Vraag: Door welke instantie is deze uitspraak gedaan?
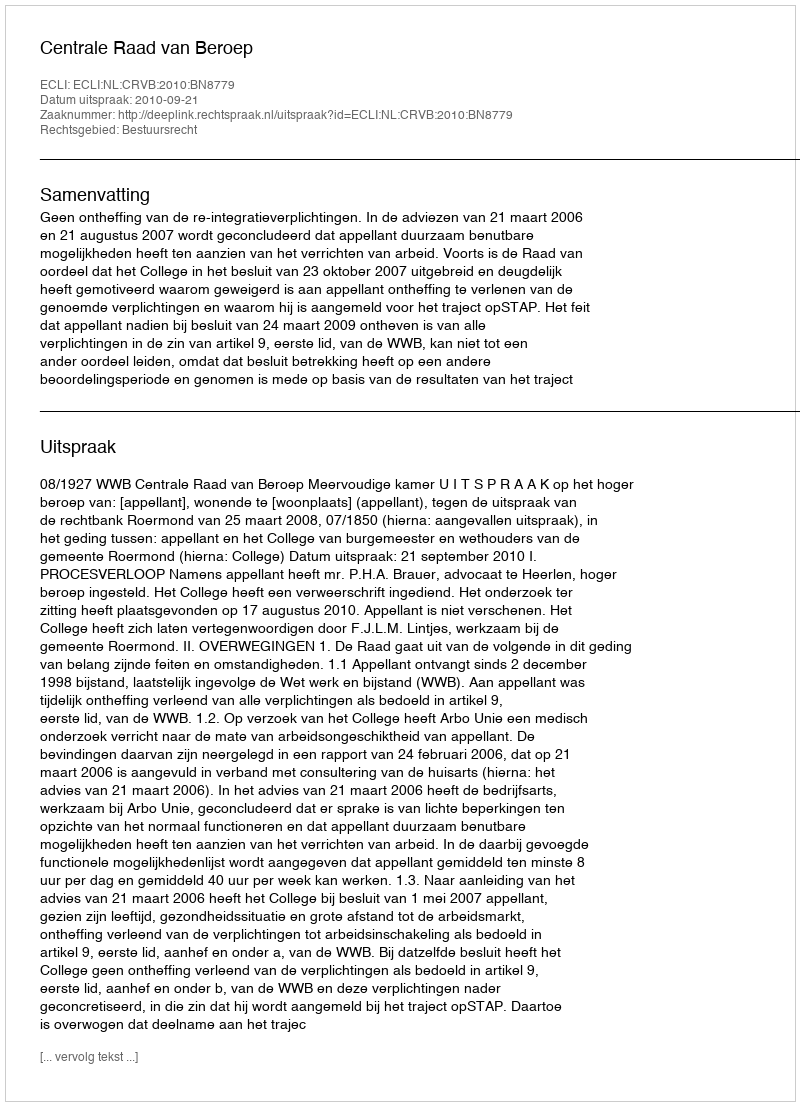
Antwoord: Centrale Raad van Beroep